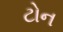
ટોન